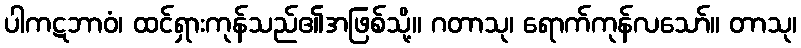
ပါကဋဘာဝံ၊ ထင်ရှားကုန်သည်၏အဖြစ်သို့။ ဂတာသု၊ ရောက်ကုန်လသော်။ တာသု၊